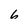
Character: 6